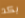
بكد